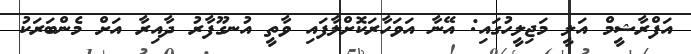
އަފްރާޝީމް އަލީ މަޖިލީހުގައި: އޭނާ އަވަހާރަކޮށްލާފައި ވާތީ އުނގޫފާރު ދާއިރާ އަށް މެންބަރަކު